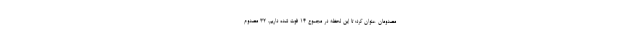
مصدومان عنوان کرد: تا این لحظه در مجموع ۱۴ فوت شده داریم، ۳۲ مصدوم